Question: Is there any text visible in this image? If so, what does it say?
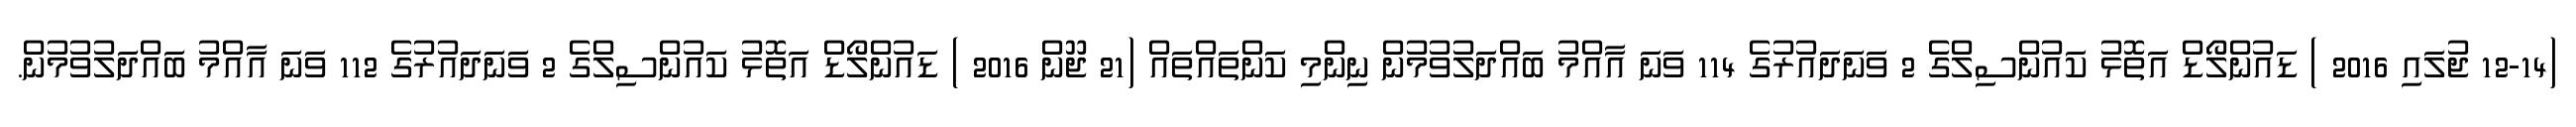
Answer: (12-14 ޖުލައި 2016 ) ޑައުންލޯޑް އަތޮޅު ކައުންސިލްގެ 2 ވަނަދައުރުގެ 114 ވަނަ އާއްމު ބައްދަލުވުމުން ނިންމި ކަންތައްތައް (21 ޖޫން 2016 ) ޑައުންލޯޑް އަތޮޅު ކައުންސިލްގެ 2 ވަނަދައުރުގެ 112 ވަނަ އާއްމު ބައްދަލުވުމުން.